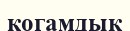
қогамдық